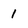
Character: 1